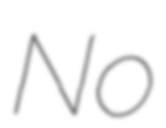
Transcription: No